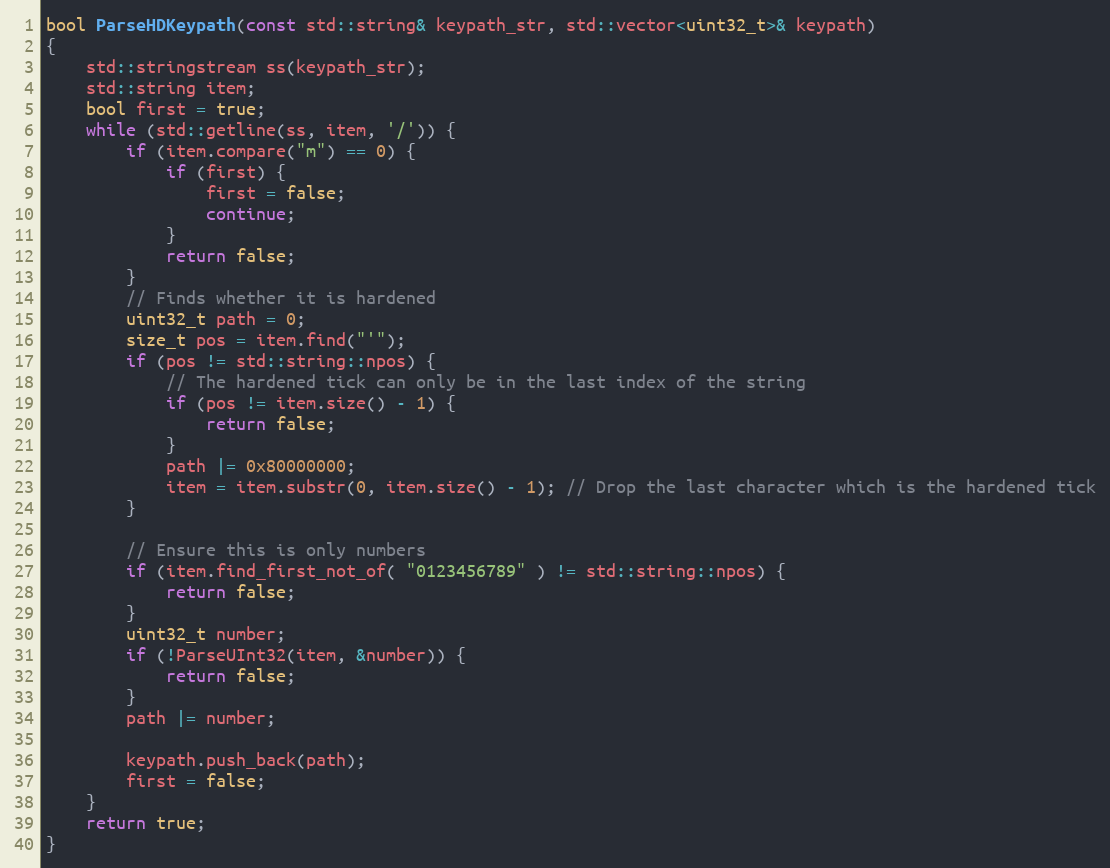
Language: C++
bool ParseHDKeypath(const std::string& keypath_str, std::vector<uint32_t>& keypath)
{
    std::stringstream ss(keypath_str);
    std::string item;
    bool first = true;
    while (std::getline(ss, item, '/')) {
        if (item.compare("m") == 0) {
            if (first) {
                first = false;
                continue;
            }
            return false;
        }
        // Finds whether it is hardened
        uint32_t path = 0;
        size_t pos = item.find("'");
        if (pos != std::string::npos) {
            // The hardened tick can only be in the last index of the string
            if (pos != item.size() - 1) {
                return false;
            }
            path |= 0x80000000;
            item = item.substr(0, item.size() - 1); // Drop the last character which is the hardened tick
        }

        // Ensure this is only numbers
        if (item.find_first_not_of( "0123456789" ) != std::string::npos) {
            return false;
        }
        uint32_t number;
        if (!ParseUInt32(item, &number)) {
            return false;
        }
        path |= number;

        keypath.push_back(path);
        first = false;
    }
    return true;
}